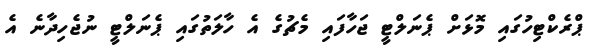
ޕްރެކްޓިހުގައި މޮޅަށް ޕެނަލްޓީ ޖަހާފައި މެޗުގެ އެ ހާލަތުގައި ޕެނަލްޓީ ނުޖެހިދާނެ އެ